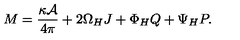
M = { \frac { \kappa { \cal A } } { 4 \pi } } + 2 \Omega _ { H } J + \Phi _ { H } Q + \Psi _ { H } P .